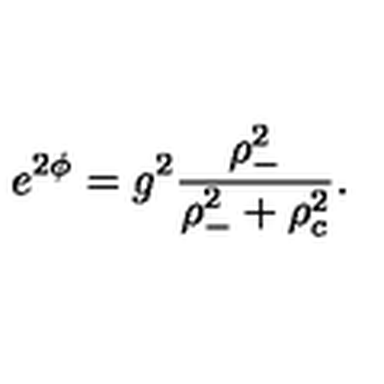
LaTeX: e ^ { 2 \phi } = g ^ { 2 } \frac { \rho _ { - } ^ { 2 } } { \rho _ { - } ^ { 2 } + \rho _ { c } ^ { 2 } } .